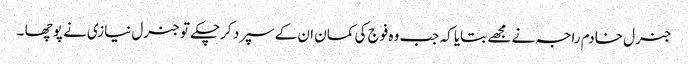
جنرل خادم راجہ نے مجھے بتایا کہ جب وہ فوج کی کمان ان کے سپرد کرچکے تو جنرل نیازی نے پوچھا ۔